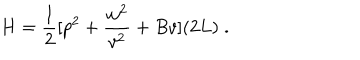
H = { \frac { 1 } { 2 } } [ { p } ^ { 2 } + { \frac { w ^ { 2 } } { v ^ { 2 } } } + B v ] ( 2 L ) \; .